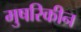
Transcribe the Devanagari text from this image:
मुषरिकीन